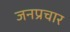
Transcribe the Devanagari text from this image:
जनप्रचार